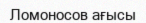
Ломоносов ағысы